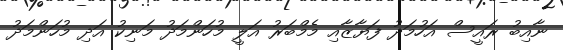
ނާއިބު ރައީސް އަހުމަދު ފަޔާޒާއި މެމްބަރު އަލީ މުހަންމަދު މަނިކު އަދި މުހަންމަދު